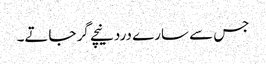
جس سے سارے درد نیچے گر جاتے۔